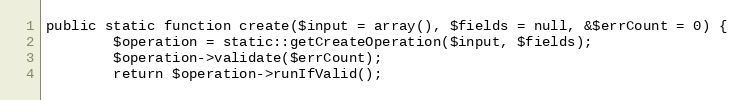
Language: PHP
public static function create($input = array(), $fields = null, &$errCount = 0) {
		$operation = static::getCreateOperation($input, $fields);
		$operation->validate($errCount);
		return $operation->runIfValid();